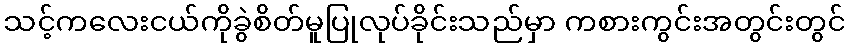
သင့်ကလေးငယ်ကိုခွဲစိတ်မူပြုလုပ်ခိုင်းသည်မှာ ကစားကွင်းအတွင်းတွင်